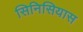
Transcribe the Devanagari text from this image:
सिनिसियास